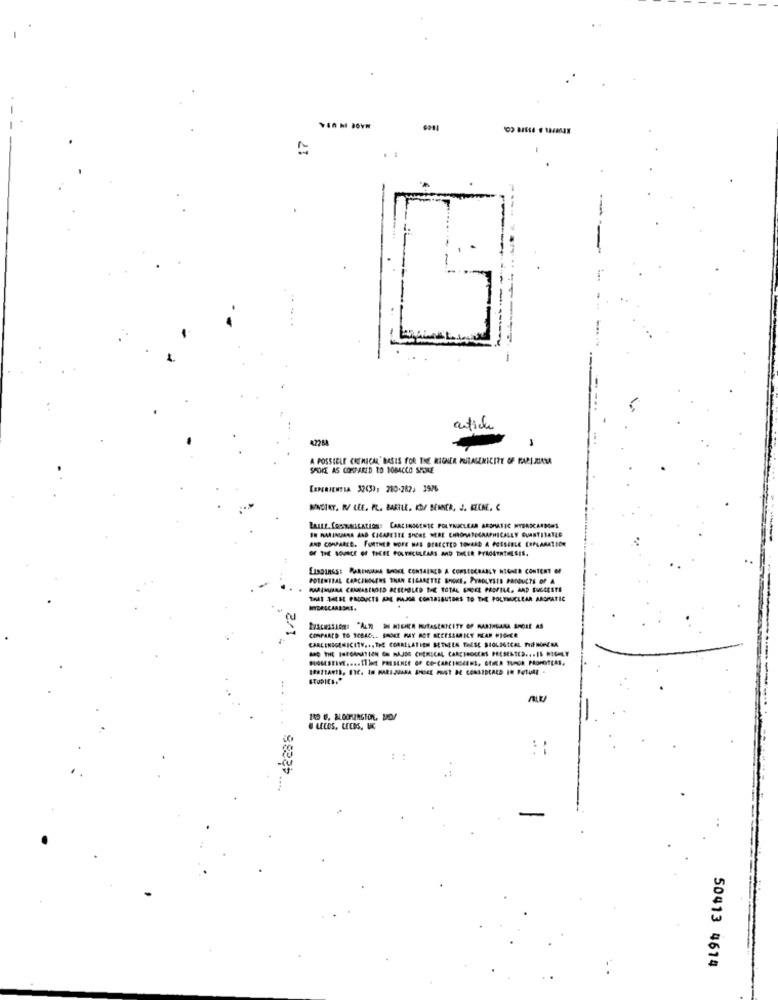
article
42258
1
A POSSIBLE CHEMICAL' BASIS FOR THE RICHER PURALEKICITY OF MARIJUANA
SMOKE AS COMPARED TO DOBACCO SHOLE
[ERERIENTRA 32(3), 280-282) 3976
LAILE.COSTALEATION: CARCINOGENIC POLYNUCLEAR AROMATIC NYERICARDOS
AND COMPARED. FURTHER MORE HAS DIRECTED TOVARD A POSSIBLE ERPLAMATBON
IN RARINURRA AND CIGARETTE SHORE NERE CHROMATELAAPHICALLY QUANTITATLO
OF THE SOURCE OF THEEL POLRECULEARS AND THEER PYROSYNTHESIS.
LISDINGSE MARIHUANA SRDCE CONTAINED A CONSIDERABLY HIGHER CONTENT OF
POTENTIAL CARCINOGENS THAN CIGARETTE SHORE, PYROLYSES PRODUCTS OF A
THAT SEESE PACDUCTS ARE MAJOR CONTRIBUTORS TO THE POLENUCLEAR AROMATIC
1/2
CARCINOGENICITY ... THE CORRELATIEM BETHELA THESE BIOLOGICAL FRI NONERA
ANG THE FORCANATION ON MAJOR CHEMICAL CARCINOGENS PRESENTED ... IS HIGHLY
HOGESERVE. ... Il let PRESENCE OF CO-CARCINSEERS, SOMA TUMOR PROPOSTEAS.
.....
::
-
50413 4614